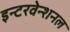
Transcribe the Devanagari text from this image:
इन्टरवेन्शनल